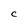
Character: C